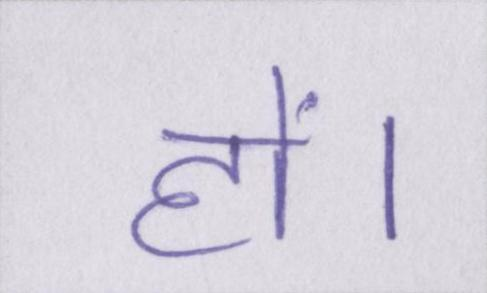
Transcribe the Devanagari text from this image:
हों।